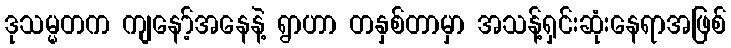
ဒုသမ္မတက ကျနော့်အနေနဲ့ ရွာဟာ တနှစ်တာမှာ အသန့်ရှင်းဆုံးနေရာအဖြစ်